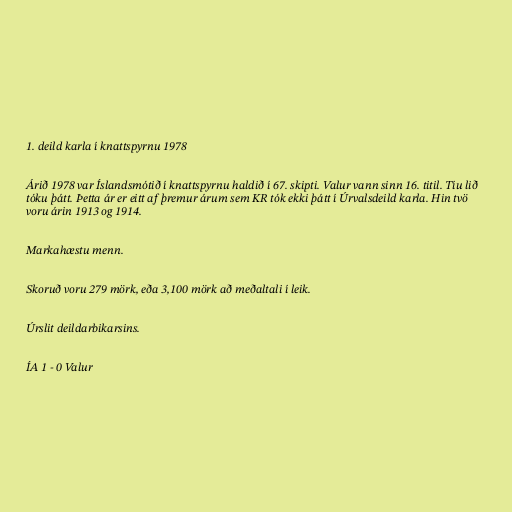
1. deild karla í knattspyrnu 1978

Árið 1978 var Íslandsmótið í knattspyrnu haldið í 67. skipti. Valur vann sinn 16. titil. Tíu lið
tóku þátt. Þetta ár er eitt af þremur árum sem KR tók ekki þátt í Úrvalsdeild karla. Hin tvö
voru árin 1913 og 1914.

Markahæstu menn.

Skoruð voru 279 mörk, eða 3,100 mörk að meðaltali í leik.

Úrslit deildarbikarsins.

ÍA 1 - 0 Valur